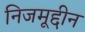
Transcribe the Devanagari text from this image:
निजमूद्दीन